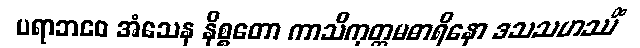
ပရာဘဝေ အံသေန နိစ္စတော ကာသိကုတ္တမဓာရိနော ဒသသဟဿိံ